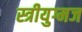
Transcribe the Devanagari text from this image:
स्त्रीयुग्मज